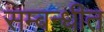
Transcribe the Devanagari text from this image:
सम्बन्धीत